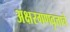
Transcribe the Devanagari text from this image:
अक्षरगणवृत्ताचे